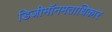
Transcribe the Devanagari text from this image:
डिजीमॉनमताधिकार